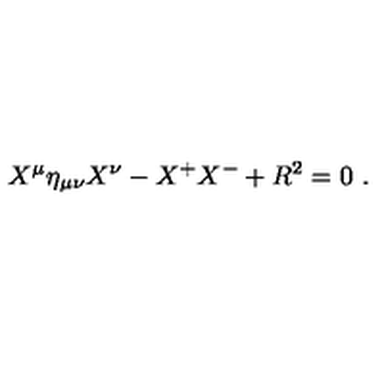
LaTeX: X ^ { \mu } \eta _ { \mu \nu } X ^ { \nu } - X ^ { + } X ^ { - } + R ^ { 2 } = 0 \ .